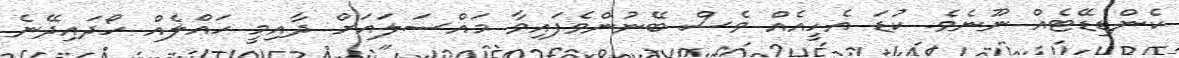
ކެންޑިޑޭޓެއް ނޫނެވެ. ކުޑަ އެހީއެއް ވެސް ބޭނުންވެފައިވާ މައްސަލައަށް ދާއިމީ ހައްލެއް ހޯދައިދޭނެ